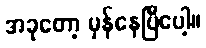
အခုတော့ မှန်နေပြီပေါ့။